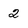
Character: 2